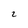
Character: 2